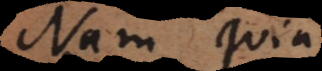
Nam quia